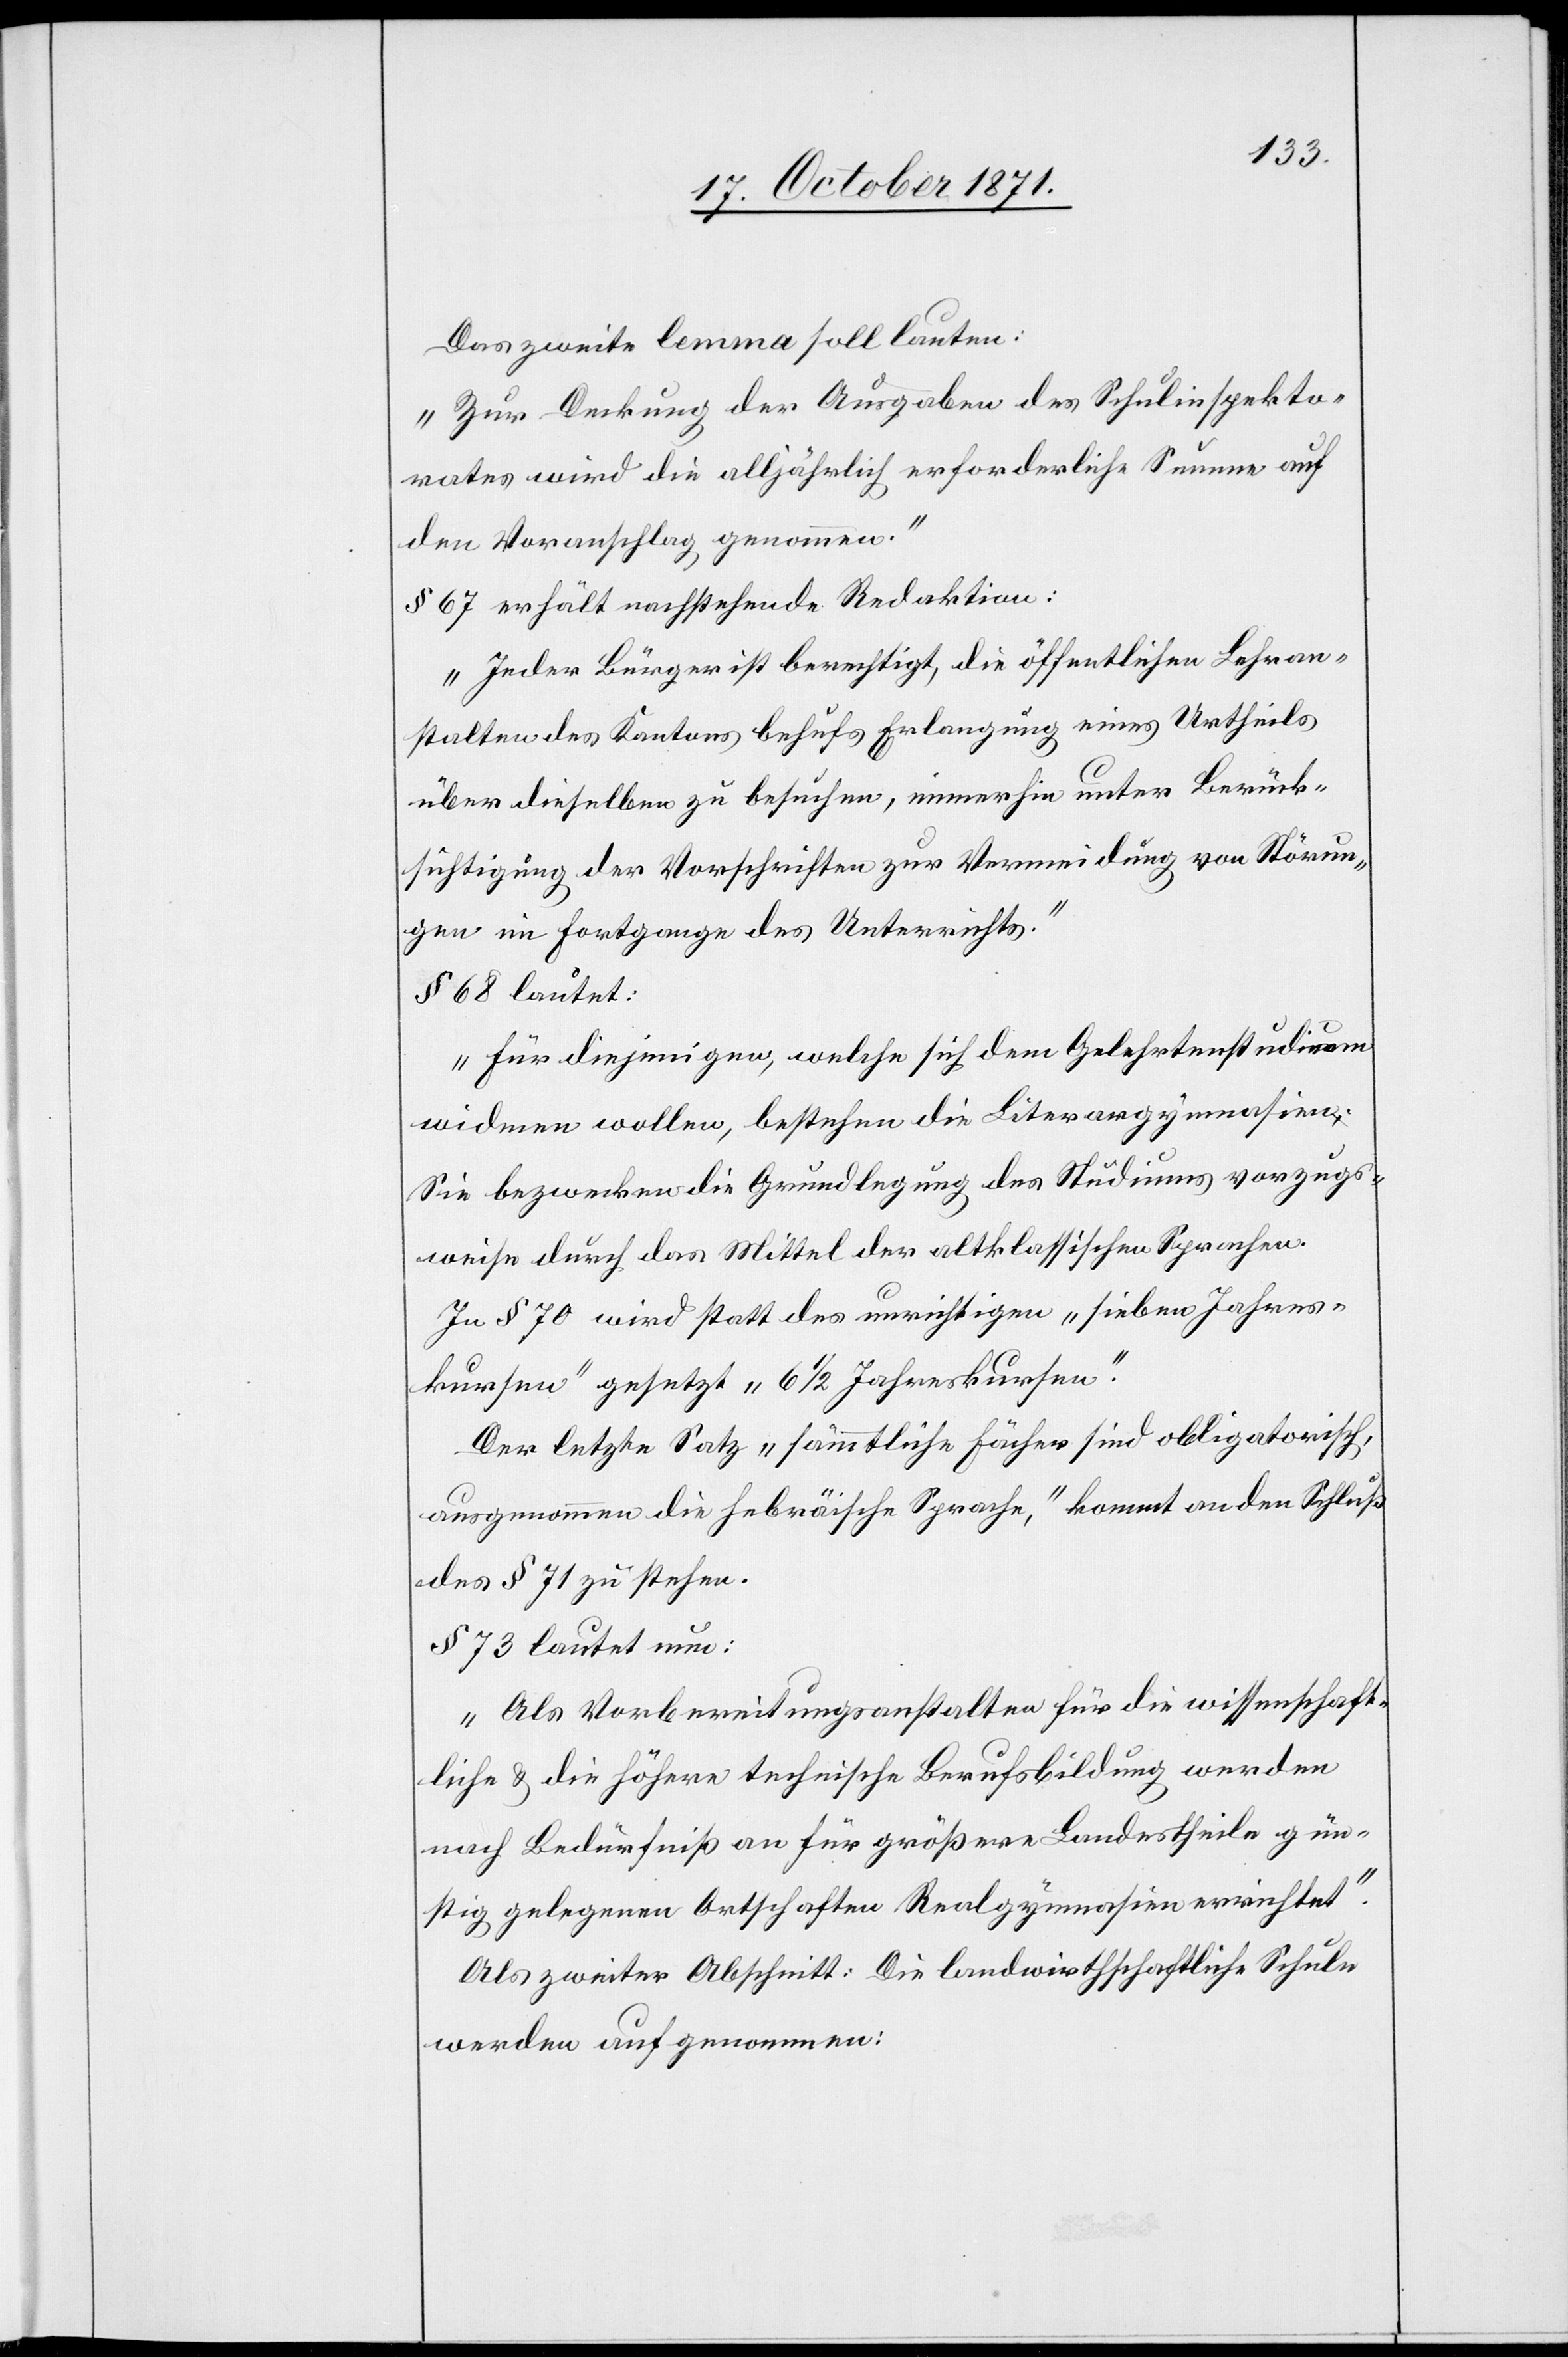
Das zweite lemma soll lauten:
„Zur Deckung der Ausgaben des Schulinspekto¬
rates wird die alljährlich erforderliche Summe auf
den Voranschlag genommen.“
§ 67 erhält nachstehende Redaktion:
„Jeder Bürger ist berechtigt, die öffentlichen Lehran¬
stalten des Kantons behufs Erlangung eines Urtheils
über dieselben zu besuchen, immerhin unter Berück¬
sichtigung der Vorschriften zur Vermeidung von Störun¬
gen im Fortgange des Unterrichts.“
§ 68 lautet:
„Für diejenigen, welche sich dem Gelehrtenstudium
widmen wollen, bestehen die Literargymnasien:
Sie bezwecken die Grundlegung des Studiums vorzugs¬
weise durch das Mittel der altklassischen Sprachen.[“]
In § 70 wird statt des unrichtigen „sieben Jahres¬
kursen“ gesetzt „6 1/2 Jahreskursen“.
Der letzte Satz „sämmtliche Fächer sind obligatorisch,
ausgenommen die hebräische Sprache,“ kommt an den Schluß
des § 71 zu stehen.
§ 73 lautet nun:
„Als Vorbereitungsanstalten für die wissenschaft¬
liche & die höhere technische Berufsbildung werden
nach Bedürfniß an für größere Landestheile gün¬
stig gelegenen Anstalten Realgymnasien errichtet“.
Als zweiter Abschnitt: Die landwirthschaftliche Schule
werden aufgenommen: